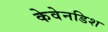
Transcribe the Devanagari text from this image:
केवेनडिश